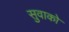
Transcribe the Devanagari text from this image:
सुवाको